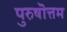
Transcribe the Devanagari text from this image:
पुरुषॊत्तम